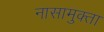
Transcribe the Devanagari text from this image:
नासामुक्ता